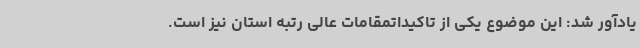
یادآور شد: این موضوع یکی از تاکیداتمقامات عالی رتبه استان نیز است.